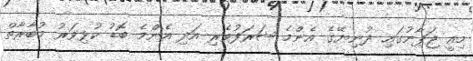
މިއީ ޖަޕާނުގައި ދުނިޔޭގެ އެންމެ ޝަރަފުވެރި އަދި އެންމެ ބޮޑު ކުޅިވަރު މުބާރާތް